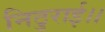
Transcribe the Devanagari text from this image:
निठुराई।।